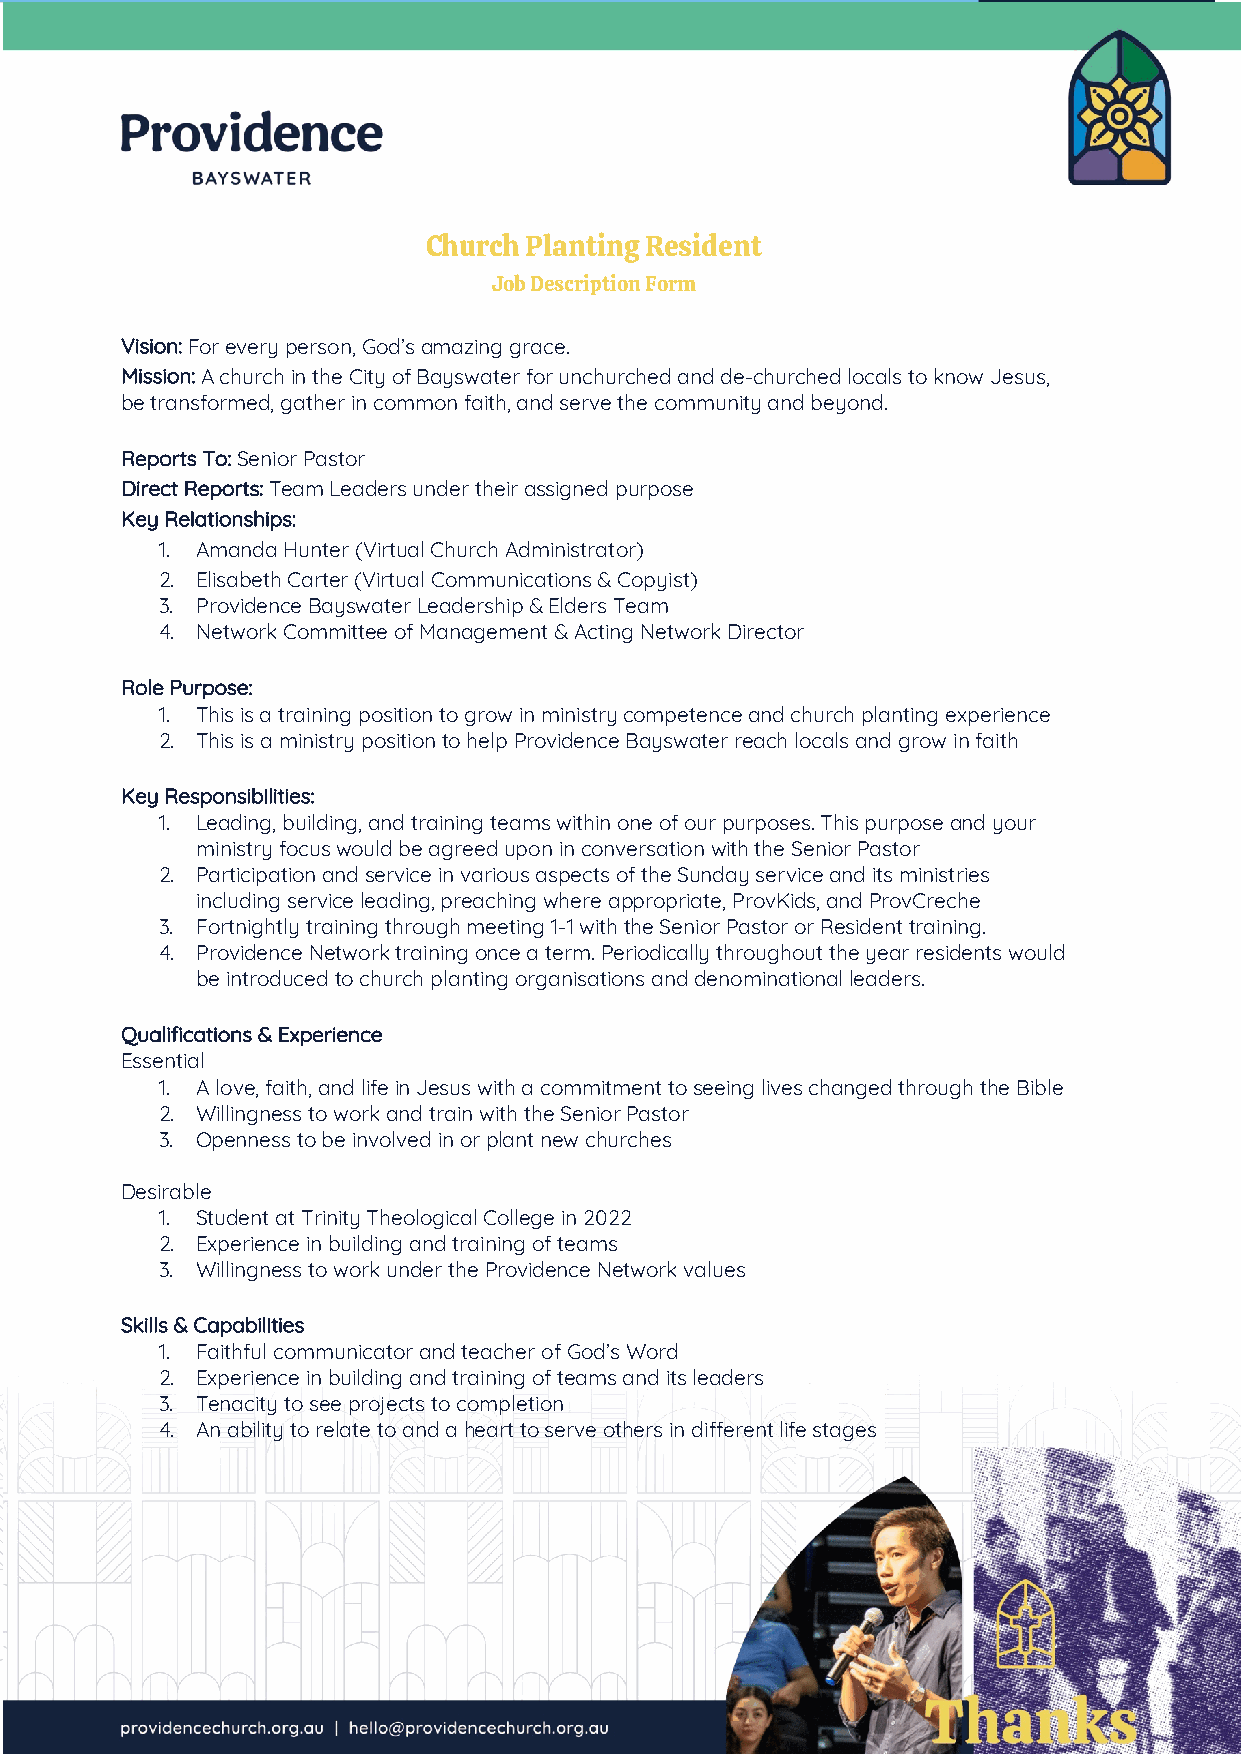
Church Planting Resident
 Job Description Form
 Vision: For every person, God’s amazing grace.
 Mission: A church in the City of Bayswater for unchurched and de-churched locals to know Jesus,
 be transformed, gather in common faith, and serve the community and beyond.
 Reports To: Senior Pastor
 Direct Reports: Team Leaders under their assigned purpose
 Key Relationships:
 1. Amanda Hunter (Virtual Church Administrator)
 2. Elisabeth Carter (Virtual Communications & Copyist)
 3. Providence Bayswater Leadership & Elders Team
 4. Network Committee of Management & Acting Network Director
 Role Purpose:
 1. This is a training position to grow in ministry competence and church planting experience
 2. This is a ministry position to help Providence Bayswater reach locals and grow in faith
 Key Responsibilities:
 1. Leading, building, and training teams within one of our purposes. This purpose and your
 ministry focus would be agreed upon in conversation with the Senior Pastor
 2. Participation and service in various aspects of the Sunday service and its ministries
 including service leading, preaching where appropriate, ProvKids, and ProvCreche
 3. Fortnightly training through meeting 1-1 with the Senior Pastor or Resident training.
 4. Providence Network training once a term. Periodically throughout the year residents would
 be introduced to church planting organisations and denominational leaders.
 Qualifications & Experience
 Essential
 1. A love, faith, and life in Jesus with a commitment to seeing lives changed through the Bible
 2. Willingness to work and train with the Senior Pastor
 3. Openness to be involved in or plant new churches
 Desirable
 1. Student at Trinity Theological College in 2022
 2. Experience in building and training of teams
 3. Willingness to work under the Providence Network values
 Skills & Capabilities
 1. Faithful communicator and teacher of God’s Word
 2. Experience in building and training of teams and its leaders
 3. Tenacity to see projects to completion
 4. An ability to relate to and a heart to serve others in different life stages